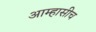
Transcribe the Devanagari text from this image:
आम्हासीच